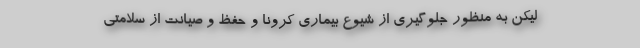
لیکن به منظور جلوگیری از شیوع بیماری کرونا و حفظ و صیانت از سلامتی